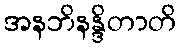
အနဘိနန္ဒိတာတိ